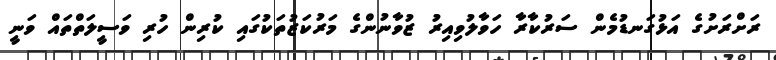
ރަށްރަށުގެ އަޅުގަނޑުމެން ސަރުކާރާ ހަވާލުވިއިރު ޒުވާނުންގެ މަރުކަޒުތަކުގައި ކުރިން ހުރި ވަސީލަތްތައް ވަނީ